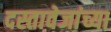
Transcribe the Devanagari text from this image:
दस्तावेजांच्या